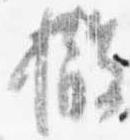
撤